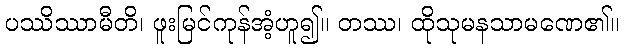
ပဿိဿာမီတိ၊ ဖူးမြင်ကုန်အံ့ဟူ၍။ တဿ၊ ထိုသုမနသာမဏေ၏။